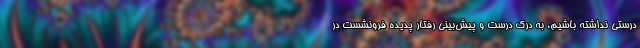
درستی نداشته باشیم، به درک درست و پیش‌بینی رفتار پدیده فرونشست در